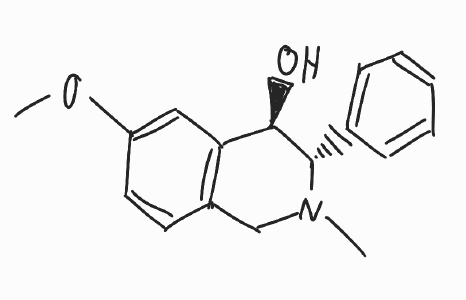
Simplified molecular-input line-entry system (SMILES) notation of the given molecule:
CN1CC2=C(C=C(C=C2)OC)[C@H]([C@@H]1C3=CC=CC=C3)O